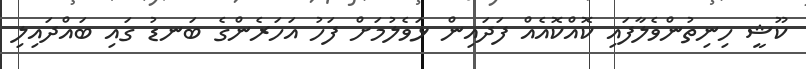
ކޫޝީ ހިނިތުންވެލާފައި ކޮއްކޮއެއް ފަދައިން ޅަވެލުމަށް ފަހު އަހަރެންގެ ބަނޑު ގައި ބައްދައިލި